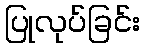
ပြုလုပ်ခြင်း